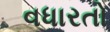
વધારતો